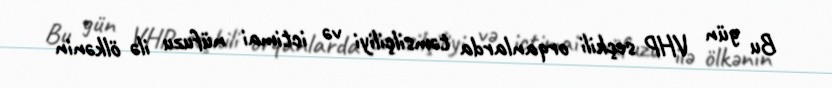
Bu gün VHP seçkili orqanlarda təmsilçiliyi və ictimai nüfuzu ilə ölkənin